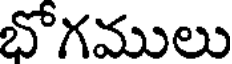
భోగములు